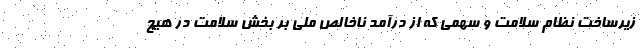
زیرساخت نظام سلامت و سهمی که از درآمد ناخالص ملی بر بخش سلامت در هیچ